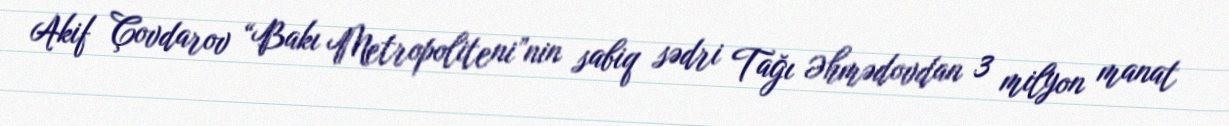
Akif Çovdarov “Bakı Metropoliteni”nin sabiq sədri Tağı Əhmədovdan 3 milyon manat